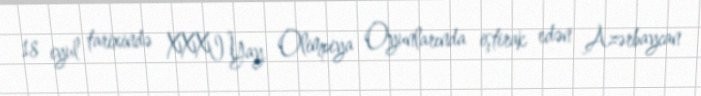
18 iyul tarixində XXXI Yay Olimpiya Oyunlarında iştirak edən Azərbaycan